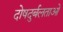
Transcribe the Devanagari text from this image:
दोषदुर्बलताओं